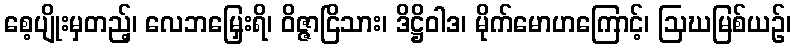
စေ့ပျိုးမှတည့်၊ လေဘမြှေးရိ၊ ဝိဇ္ဇာငြိသား၊ ဒိဋ္ဌိဝါဒ၊ မိုက်မောဟကြောင့်၊ ဩဃမြစ်ယဉ်၊